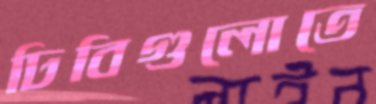
ঢিবিগুলোতে